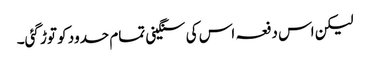
لیکن اس دفعہ اس کی سنگینی تمام حدود کو توڑ گئی۔